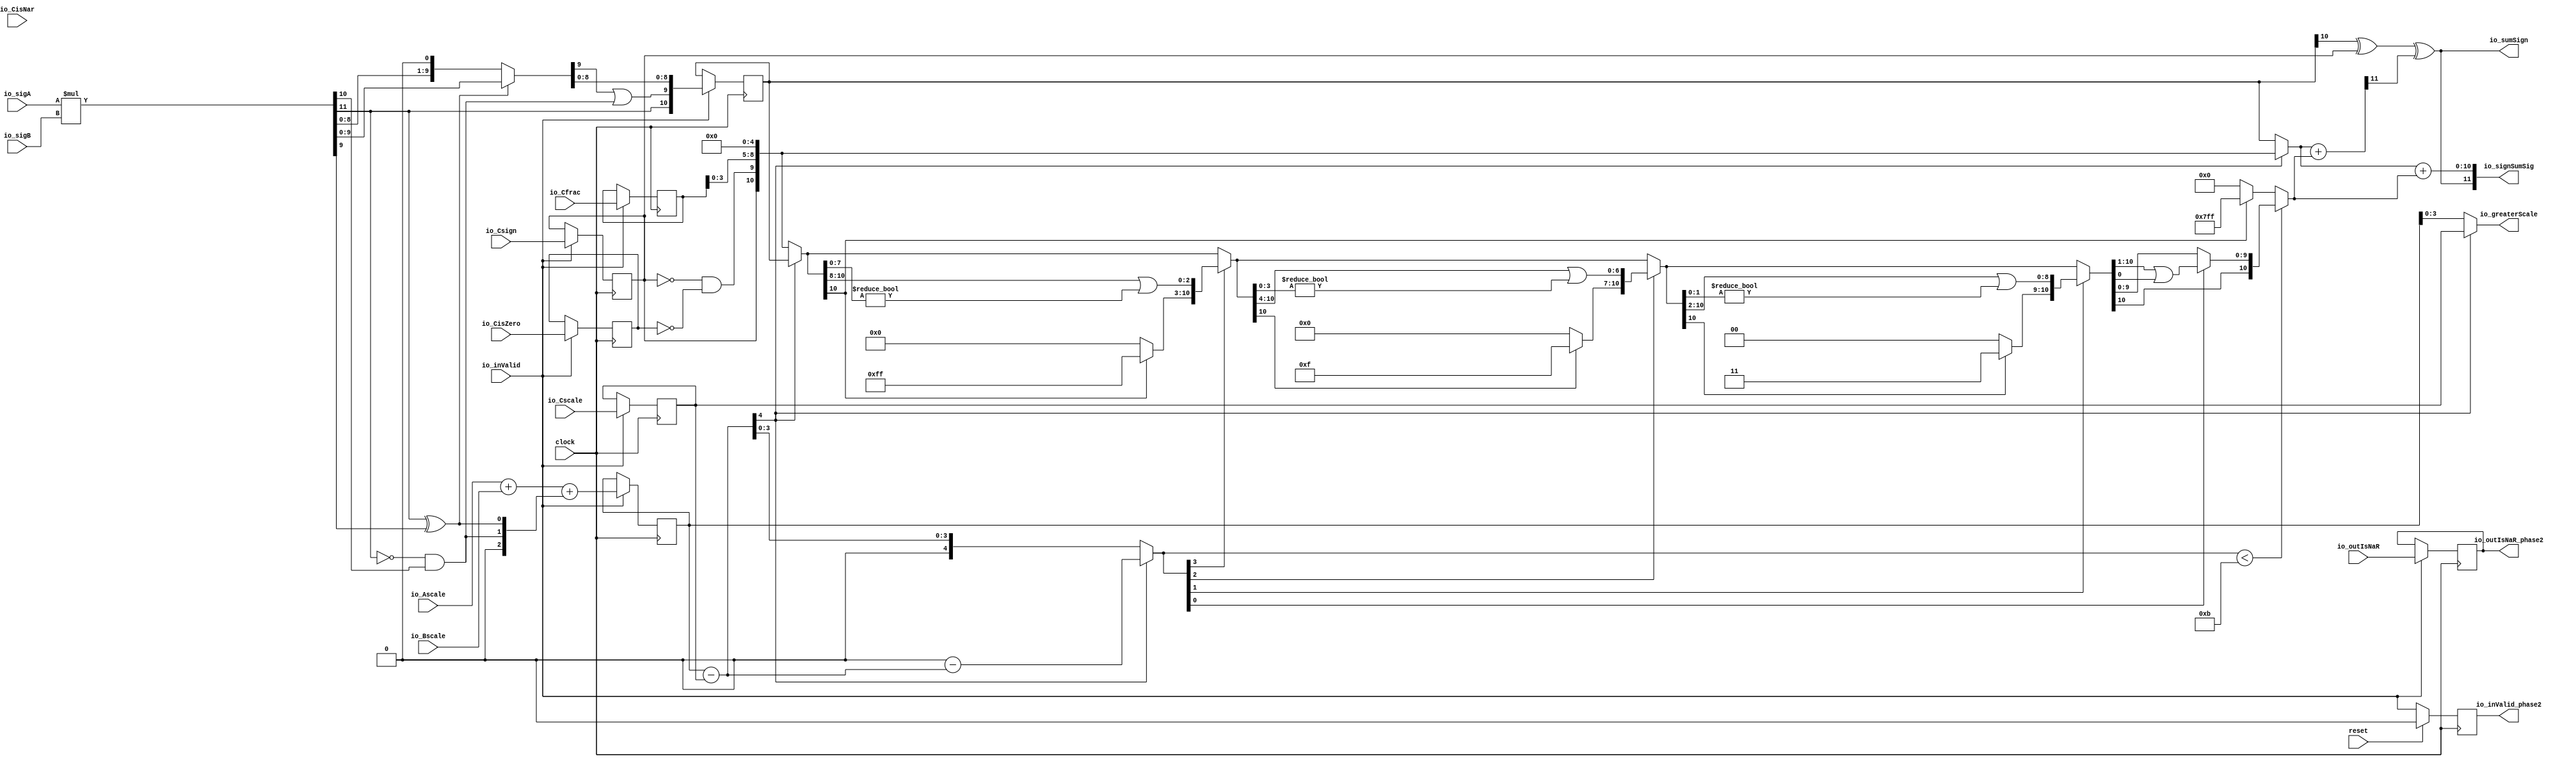
module FMA7_0(
  input         clock,
  input         reset,
  input         io_inValid,
  input  [5:0]  io_sigA,
  input  [5:0]  io_sigB,
  input         io_outIsNaR,
  input         io_Csign,
  input         io_CisNar,
  input         io_CisZero,
  input  [5:0]  io_Cfrac,
  input  [3:0]  io_Ascale,
  input  [3:0]  io_Bscale,
  input  [3:0]  io_Cscale,
  output [11:0] io_signSumSig,
  output [3:0]  io_greaterScale,
  output        io_outIsNaR_phase2,
  output        io_sumSign,
  output        io_inValid_phase2
);
  wire [11:0] _T; // @[FMA.scala 43:28]
  wire [11:0] sigP; // @[FMA.scala 43:39]
  wire [1:0] head2; // @[FMA.scala 44:28]
  wire  _T_1; // @[FMA.scala 45:31]
  wire  _T_2; // @[FMA.scala 45:25]
  wire  _T_3; // @[FMA.scala 45:42]
  wire  addTwo; // @[FMA.scala 45:35]
  wire  _T_4; // @[FMA.scala 47:23]
  wire  _T_5; // @[FMA.scala 47:49]
  wire  addOne; // @[FMA.scala 47:43]
  wire [1:0] _T_6; // @[Cat.scala 29:58]
  wire [2:0] expBias; // @[FMA.scala 48:39]
  wire  mulSign; // @[FMA.scala 49:28]
  wire [4:0] _T_7; // @[FMA.scala 51:29]
  wire [4:0] _GEN_8; // @[FMA.scala 51:42]
  wire [4:0] _T_9; // @[FMA.scala 51:42]
  wire [4:0] mulScale; // @[FMA.scala 51:42]
  wire [9:0] _T_10; // @[FMA.scala 54:29]
  wire [8:0] _T_11; // @[FMA.scala 55:29]
  wire [9:0] _T_12; // @[FMA.scala 55:48]
  wire [9:0] mulSigTmp; // @[FMA.scala 52:22]
  wire  _T_14; // @[FMA.scala 59:39]
  wire  _T_15; // @[FMA.scala 59:43]
  wire [8:0] _T_16; // @[FMA.scala 60:39]
  wire [10:0] mulSig; // @[Cat.scala 29:58]
  reg  _T_19; // @[Reg.scala 15:16]
  reg [31:0] _RAND_0;
  reg [10:0] mulSig_phase2; // @[Reg.scala 15:16]
  reg [31:0] _RAND_1;
  reg [5:0] _T_25; // @[Reg.scala 15:16]
  reg [31:0] _RAND_2;
  reg [4:0] mulScale_phase2; // @[Reg.scala 15:16]
  reg [31:0] _RAND_3;
  reg [3:0] addScale_phase2; // @[Reg.scala 15:16]
  reg [31:0] _RAND_4;
  reg  addSign_phase2; // @[Reg.scala 15:16]
  reg [31:0] _RAND_5;
  reg  addZero_phase2; // @[Reg.scala 15:16]
  reg [31:0] _RAND_6;
  reg  _T_39; // @[Valid.scala 117:22]
  reg [31:0] _RAND_7;
  wire  _T_42; // @[FMA.scala 89:29]
  wire  _T_43; // @[FMA.scala 89:47]
  wire  _T_44; // @[FMA.scala 89:45]
  wire [3:0] addFrac_phase2; // @[FMA.scala 67:29 FMA.scala 76:19]
  wire [10:0] extAddSig; // @[Cat.scala 29:58]
  wire [4:0] _GEN_9; // @[FMA.scala 94:36]
  wire [4:0] _T_48; // @[FMA.scala 94:36]
  wire [4:0] scale_diff; // @[FMA.scala 94:36]
  wire  _T_49; // @[FMA.scala 95:43]
  wire  mulGreater; // @[FMA.scala 95:27]
  wire [4:0] _T_51; // @[FMA.scala 96:26]
  wire [4:0] _T_53; // @[FMA.scala 98:53]
  wire [4:0] _T_54; // @[FMA.scala 98:53]
  wire [4:0] sDiff; // @[FMA.scala 98:30]
  wire [10:0] greaterSig; // @[FMA.scala 99:26]
  wire [10:0] smallerSigTmp; // @[FMA.scala 100:26]
  wire [4:0] _T_55; // @[FMA.scala 101:65]
  wire  _T_56; // @[Shift.scala 39:24]
  wire [3:0] _T_57; // @[Shift.scala 40:44]
  wire [2:0] _T_58; // @[Shift.scala 90:30]
  wire [7:0] _T_59; // @[Shift.scala 90:48]
  wire  _T_60; // @[Shift.scala 90:57]
  wire [2:0] _GEN_10; // @[Shift.scala 90:39]
  wire [2:0] _T_61; // @[Shift.scala 90:39]
  wire  _T_62; // @[Shift.scala 12:21]
  wire  _T_63; // @[Shift.scala 12:21]
  wire [7:0] _T_65; // @[Bitwise.scala 71:12]
  wire [10:0] _T_66; // @[Cat.scala 29:58]
  wire [10:0] _T_67; // @[Shift.scala 91:22]
  wire [2:0] _T_68; // @[Shift.scala 92:77]
  wire [6:0] _T_69; // @[Shift.scala 90:30]
  wire [3:0] _T_70; // @[Shift.scala 90:48]
  wire  _T_71; // @[Shift.scala 90:57]
  wire [6:0] _GEN_11; // @[Shift.scala 90:39]
  wire [6:0] _T_72; // @[Shift.scala 90:39]
  wire  _T_73; // @[Shift.scala 12:21]
  wire  _T_74; // @[Shift.scala 12:21]
  wire [3:0] _T_76; // @[Bitwise.scala 71:12]
  wire [10:0] _T_77; // @[Cat.scala 29:58]
  wire [10:0] _T_78; // @[Shift.scala 91:22]
  wire [1:0] _T_79; // @[Shift.scala 92:77]
  wire [8:0] _T_80; // @[Shift.scala 90:30]
  wire [1:0] _T_81; // @[Shift.scala 90:48]
  wire  _T_82; // @[Shift.scala 90:57]
  wire [8:0] _GEN_12; // @[Shift.scala 90:39]
  wire [8:0] _T_83; // @[Shift.scala 90:39]
  wire  _T_84; // @[Shift.scala 12:21]
  wire  _T_85; // @[Shift.scala 12:21]
  wire [1:0] _T_87; // @[Bitwise.scala 71:12]
  wire [10:0] _T_88; // @[Cat.scala 29:58]
  wire [10:0] _T_89; // @[Shift.scala 91:22]
  wire  _T_90; // @[Shift.scala 92:77]
  wire [9:0] _T_91; // @[Shift.scala 90:30]
  wire  _T_92; // @[Shift.scala 90:48]
  wire [9:0] _GEN_13; // @[Shift.scala 90:39]
  wire [9:0] _T_94; // @[Shift.scala 90:39]
  wire  _T_96; // @[Shift.scala 12:21]
  wire [10:0] _T_97; // @[Cat.scala 29:58]
  wire [10:0] _T_98; // @[Shift.scala 91:22]
  wire [10:0] _T_101; // @[Bitwise.scala 71:12]
  wire [10:0] smallerSig; // @[Shift.scala 39:10]
  wire [11:0] rawSumSig; // @[FMA.scala 102:34]
  wire  _T_102; // @[FMA.scala 103:42]
  wire  _T_103; // @[FMA.scala 103:46]
  wire  _T_104; // @[FMA.scala 103:79]
  wire [10:0] _T_107; // @[FMA.scala 105:53]
  wire [3:0] _GEN_14; // @[FMA.scala 96:20]
  assign _T = $signed(io_sigA) * $signed(io_sigB); // @[FMA.scala 43:28]
  assign sigP = $unsigned(_T); // @[FMA.scala 43:39]
  assign head2 = sigP[11:10]; // @[FMA.scala 44:28]
  assign _T_1 = head2[1]; // @[FMA.scala 45:31]
  assign _T_2 = ~ _T_1; // @[FMA.scala 45:25]
  assign _T_3 = head2[0]; // @[FMA.scala 45:42]
  assign addTwo = _T_2 & _T_3; // @[FMA.scala 45:35]
  assign _T_4 = sigP[11]; // @[FMA.scala 47:23]
  assign _T_5 = sigP[9]; // @[FMA.scala 47:49]
  assign addOne = _T_4 ^ _T_5; // @[FMA.scala 47:43]
  assign _T_6 = {addTwo,addOne}; // @[Cat.scala 29:58]
  assign expBias = {1'b0,$signed(_T_6)}; // @[FMA.scala 48:39]
  assign mulSign = sigP[11:11]; // @[FMA.scala 49:28]
  assign _T_7 = $signed(io_Ascale) + $signed(io_Bscale); // @[FMA.scala 51:29]
  assign _GEN_8 = {{2{expBias[2]}},expBias}; // @[FMA.scala 51:42]
  assign _T_9 = $signed(_T_7) + $signed(_GEN_8); // @[FMA.scala 51:42]
  assign mulScale = $signed(_T_9); // @[FMA.scala 51:42]
  assign _T_10 = sigP[9:0]; // @[FMA.scala 54:29]
  assign _T_11 = sigP[8:0]; // @[FMA.scala 55:29]
  assign _T_12 = {_T_11, 1'h0}; // @[FMA.scala 55:48]
  assign mulSigTmp = addOne ? _T_10 : _T_12; // @[FMA.scala 52:22]
  assign _T_14 = mulSigTmp[9:9]; // @[FMA.scala 59:39]
  assign _T_15 = _T_14 | addTwo; // @[FMA.scala 59:43]
  assign _T_16 = mulSigTmp[8:0]; // @[FMA.scala 60:39]
  assign mulSig = {mulSign,_T_15,_T_16}; // @[Cat.scala 29:58]
  assign _T_42 = ~ addSign_phase2; // @[FMA.scala 89:29]
  assign _T_43 = ~ addZero_phase2; // @[FMA.scala 89:47]
  assign _T_44 = _T_42 & _T_43; // @[FMA.scala 89:45]
  assign addFrac_phase2 = _T_25[3:0]; // @[FMA.scala 67:29 FMA.scala 76:19]
  assign extAddSig = {addSign_phase2,_T_44,addFrac_phase2,5'h0}; // @[Cat.scala 29:58]
  assign _GEN_9 = {{1{addScale_phase2[3]}},addScale_phase2}; // @[FMA.scala 94:36]
  assign _T_48 = $signed(mulScale_phase2) - $signed(_GEN_9); // @[FMA.scala 94:36]
  assign scale_diff = $signed(_T_48); // @[FMA.scala 94:36]
  assign _T_49 = scale_diff[4:4]; // @[FMA.scala 95:43]
  assign mulGreater = ~ _T_49; // @[FMA.scala 95:27]
  assign _T_51 = mulGreater ? $signed(mulScale_phase2) : $signed({{1{addScale_phase2[3]}},addScale_phase2}); // @[FMA.scala 96:26]
  assign _T_53 = $signed(5'sh0) - $signed(scale_diff); // @[FMA.scala 98:53]
  assign _T_54 = $signed(_T_53); // @[FMA.scala 98:53]
  assign sDiff = mulGreater ? $signed(scale_diff) : $signed(_T_54); // @[FMA.scala 98:30]
  assign greaterSig = mulGreater ? mulSig_phase2 : extAddSig; // @[FMA.scala 99:26]
  assign smallerSigTmp = mulGreater ? extAddSig : mulSig_phase2; // @[FMA.scala 100:26]
  assign _T_55 = $unsigned(sDiff); // @[FMA.scala 101:65]
  assign _T_56 = _T_55 < 5'hb; // @[Shift.scala 39:24]
  assign _T_57 = _T_55[3:0]; // @[Shift.scala 40:44]
  assign _T_58 = smallerSigTmp[10:8]; // @[Shift.scala 90:30]
  assign _T_59 = smallerSigTmp[7:0]; // @[Shift.scala 90:48]
  assign _T_60 = _T_59 != 8'h0; // @[Shift.scala 90:57]
  assign _GEN_10 = {{2'd0}, _T_60}; // @[Shift.scala 90:39]
  assign _T_61 = _T_58 | _GEN_10; // @[Shift.scala 90:39]
  assign _T_62 = _T_57[3]; // @[Shift.scala 12:21]
  assign _T_63 = smallerSigTmp[10]; // @[Shift.scala 12:21]
  assign _T_65 = _T_63 ? 8'hff : 8'h0; // @[Bitwise.scala 71:12]
  assign _T_66 = {_T_65,_T_61}; // @[Cat.scala 29:58]
  assign _T_67 = _T_62 ? _T_66 : smallerSigTmp; // @[Shift.scala 91:22]
  assign _T_68 = _T_57[2:0]; // @[Shift.scala 92:77]
  assign _T_69 = _T_67[10:4]; // @[Shift.scala 90:30]
  assign _T_70 = _T_67[3:0]; // @[Shift.scala 90:48]
  assign _T_71 = _T_70 != 4'h0; // @[Shift.scala 90:57]
  assign _GEN_11 = {{6'd0}, _T_71}; // @[Shift.scala 90:39]
  assign _T_72 = _T_69 | _GEN_11; // @[Shift.scala 90:39]
  assign _T_73 = _T_68[2]; // @[Shift.scala 12:21]
  assign _T_74 = _T_67[10]; // @[Shift.scala 12:21]
  assign _T_76 = _T_74 ? 4'hf : 4'h0; // @[Bitwise.scala 71:12]
  assign _T_77 = {_T_76,_T_72}; // @[Cat.scala 29:58]
  assign _T_78 = _T_73 ? _T_77 : _T_67; // @[Shift.scala 91:22]
  assign _T_79 = _T_68[1:0]; // @[Shift.scala 92:77]
  assign _T_80 = _T_78[10:2]; // @[Shift.scala 90:30]
  assign _T_81 = _T_78[1:0]; // @[Shift.scala 90:48]
  assign _T_82 = _T_81 != 2'h0; // @[Shift.scala 90:57]
  assign _GEN_12 = {{8'd0}, _T_82}; // @[Shift.scala 90:39]
  assign _T_83 = _T_80 | _GEN_12; // @[Shift.scala 90:39]
  assign _T_84 = _T_79[1]; // @[Shift.scala 12:21]
  assign _T_85 = _T_78[10]; // @[Shift.scala 12:21]
  assign _T_87 = _T_85 ? 2'h3 : 2'h0; // @[Bitwise.scala 71:12]
  assign _T_88 = {_T_87,_T_83}; // @[Cat.scala 29:58]
  assign _T_89 = _T_84 ? _T_88 : _T_78; // @[Shift.scala 91:22]
  assign _T_90 = _T_79[0:0]; // @[Shift.scala 92:77]
  assign _T_91 = _T_89[10:1]; // @[Shift.scala 90:30]
  assign _T_92 = _T_89[0:0]; // @[Shift.scala 90:48]
  assign _GEN_13 = {{9'd0}, _T_92}; // @[Shift.scala 90:39]
  assign _T_94 = _T_91 | _GEN_13; // @[Shift.scala 90:39]
  assign _T_96 = _T_89[10]; // @[Shift.scala 12:21]
  assign _T_97 = {_T_96,_T_94}; // @[Cat.scala 29:58]
  assign _T_98 = _T_90 ? _T_97 : _T_89; // @[Shift.scala 91:22]
  assign _T_101 = _T_63 ? 11'h7ff : 11'h0; // @[Bitwise.scala 71:12]
  assign smallerSig = _T_56 ? _T_98 : _T_101; // @[Shift.scala 39:10]
  assign rawSumSig = greaterSig + smallerSig; // @[FMA.scala 102:34]
  assign _T_102 = mulSig_phase2[10:10]; // @[FMA.scala 103:42]
  assign _T_103 = _T_102 ^ addSign_phase2; // @[FMA.scala 103:46]
  assign _T_104 = rawSumSig[11:11]; // @[FMA.scala 103:79]
  assign _T_107 = greaterSig + smallerSig; // @[FMA.scala 105:53]
  assign io_signSumSig = {io_sumSign,_T_107}; // @[FMA.scala 105:20]
  assign _GEN_14 = _T_51[3:0]; // @[FMA.scala 96:20]
  assign io_greaterScale = $signed(_GEN_14); // @[FMA.scala 96:20]
  assign io_outIsNaR_phase2 = _T_19; // @[FMA.scala 74:22]
  assign io_sumSign = _T_103 ^ _T_104; // @[FMA.scala 103:20]
  assign io_inValid_phase2 = _T_39; // @[FMA.scala 81:22]
`ifdef RANDOMIZE_GARBAGE_ASSIGN
`define RANDOMIZE
`endif
`ifdef RANDOMIZE_INVALID_ASSIGN
`define RANDOMIZE
`endif
`ifdef RANDOMIZE_REG_INIT
`define RANDOMIZE
`endif
`ifdef RANDOMIZE_MEM_INIT
`define RANDOMIZE
`endif
`ifndef RANDOM
`define RANDOM $random
`endif
`ifdef RANDOMIZE_MEM_INIT
  integer initvar;
`endif
initial begin
  `ifdef RANDOMIZE
    `ifdef INIT_RANDOM
      `INIT_RANDOM
    `endif
    `ifndef VERILATOR
      `ifdef RANDOMIZE_DELAY
        #`RANDOMIZE_DELAY begin end
      `else
        #0.002 begin end
      `endif
    `endif
  `ifdef RANDOMIZE_REG_INIT
  _RAND_0 = {1{`RANDOM}};
  _T_19 = _RAND_0[0:0];
  `endif // RANDOMIZE_REG_INIT
  `ifdef RANDOMIZE_REG_INIT
  _RAND_1 = {1{`RANDOM}};
  mulSig_phase2 = _RAND_1[10:0];
  `endif // RANDOMIZE_REG_INIT
  `ifdef RANDOMIZE_REG_INIT
  _RAND_2 = {1{`RANDOM}};
  _T_25 = _RAND_2[5:0];
  `endif // RANDOMIZE_REG_INIT
  `ifdef RANDOMIZE_REG_INIT
  _RAND_3 = {1{`RANDOM}};
  mulScale_phase2 = _RAND_3[4:0];
  `endif // RANDOMIZE_REG_INIT
  `ifdef RANDOMIZE_REG_INIT
  _RAND_4 = {1{`RANDOM}};
  addScale_phase2 = _RAND_4[3:0];
  `endif // RANDOMIZE_REG_INIT
  `ifdef RANDOMIZE_REG_INIT
  _RAND_5 = {1{`RANDOM}};
  addSign_phase2 = _RAND_5[0:0];
  `endif // RANDOMIZE_REG_INIT
  `ifdef RANDOMIZE_REG_INIT
  _RAND_6 = {1{`RANDOM}};
  addZero_phase2 = _RAND_6[0:0];
  `endif // RANDOMIZE_REG_INIT
  `ifdef RANDOMIZE_REG_INIT
  _RAND_7 = {1{`RANDOM}};
  _T_39 = _RAND_7[0:0];
  `endif // RANDOMIZE_REG_INIT
  `endif // RANDOMIZE
end
  always @(posedge clock) begin
    if (io_inValid) begin
      _T_19 <= io_outIsNaR;
    end
    if (io_inValid) begin
      mulSig_phase2 <= mulSig;
    end
    if (io_inValid) begin
      _T_25 <= io_Cfrac;
    end
    if (io_inValid) begin
      mulScale_phase2 <= mulScale;
    end
    if (io_inValid) begin
      addScale_phase2 <= io_Cscale;
    end
    if (io_inValid) begin
      addSign_phase2 <= io_Csign;
    end
    if (io_inValid) begin
      addZero_phase2 <= io_CisZero;
    end
    if (reset) begin
      _T_39 <= 1'h0;
    end else begin
      _T_39 <= io_inValid;
    end
  end
endmodule